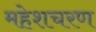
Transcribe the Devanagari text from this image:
महेशचरण